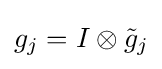
g_{j}=I\otimes {\tilde {g}}_{j}